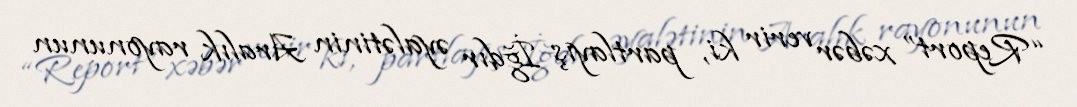
“Report” xəbər verir ki, partlayış İğdır əyalətinin Aralık rayonunun